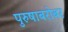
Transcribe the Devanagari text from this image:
पुरुषाबरोबर